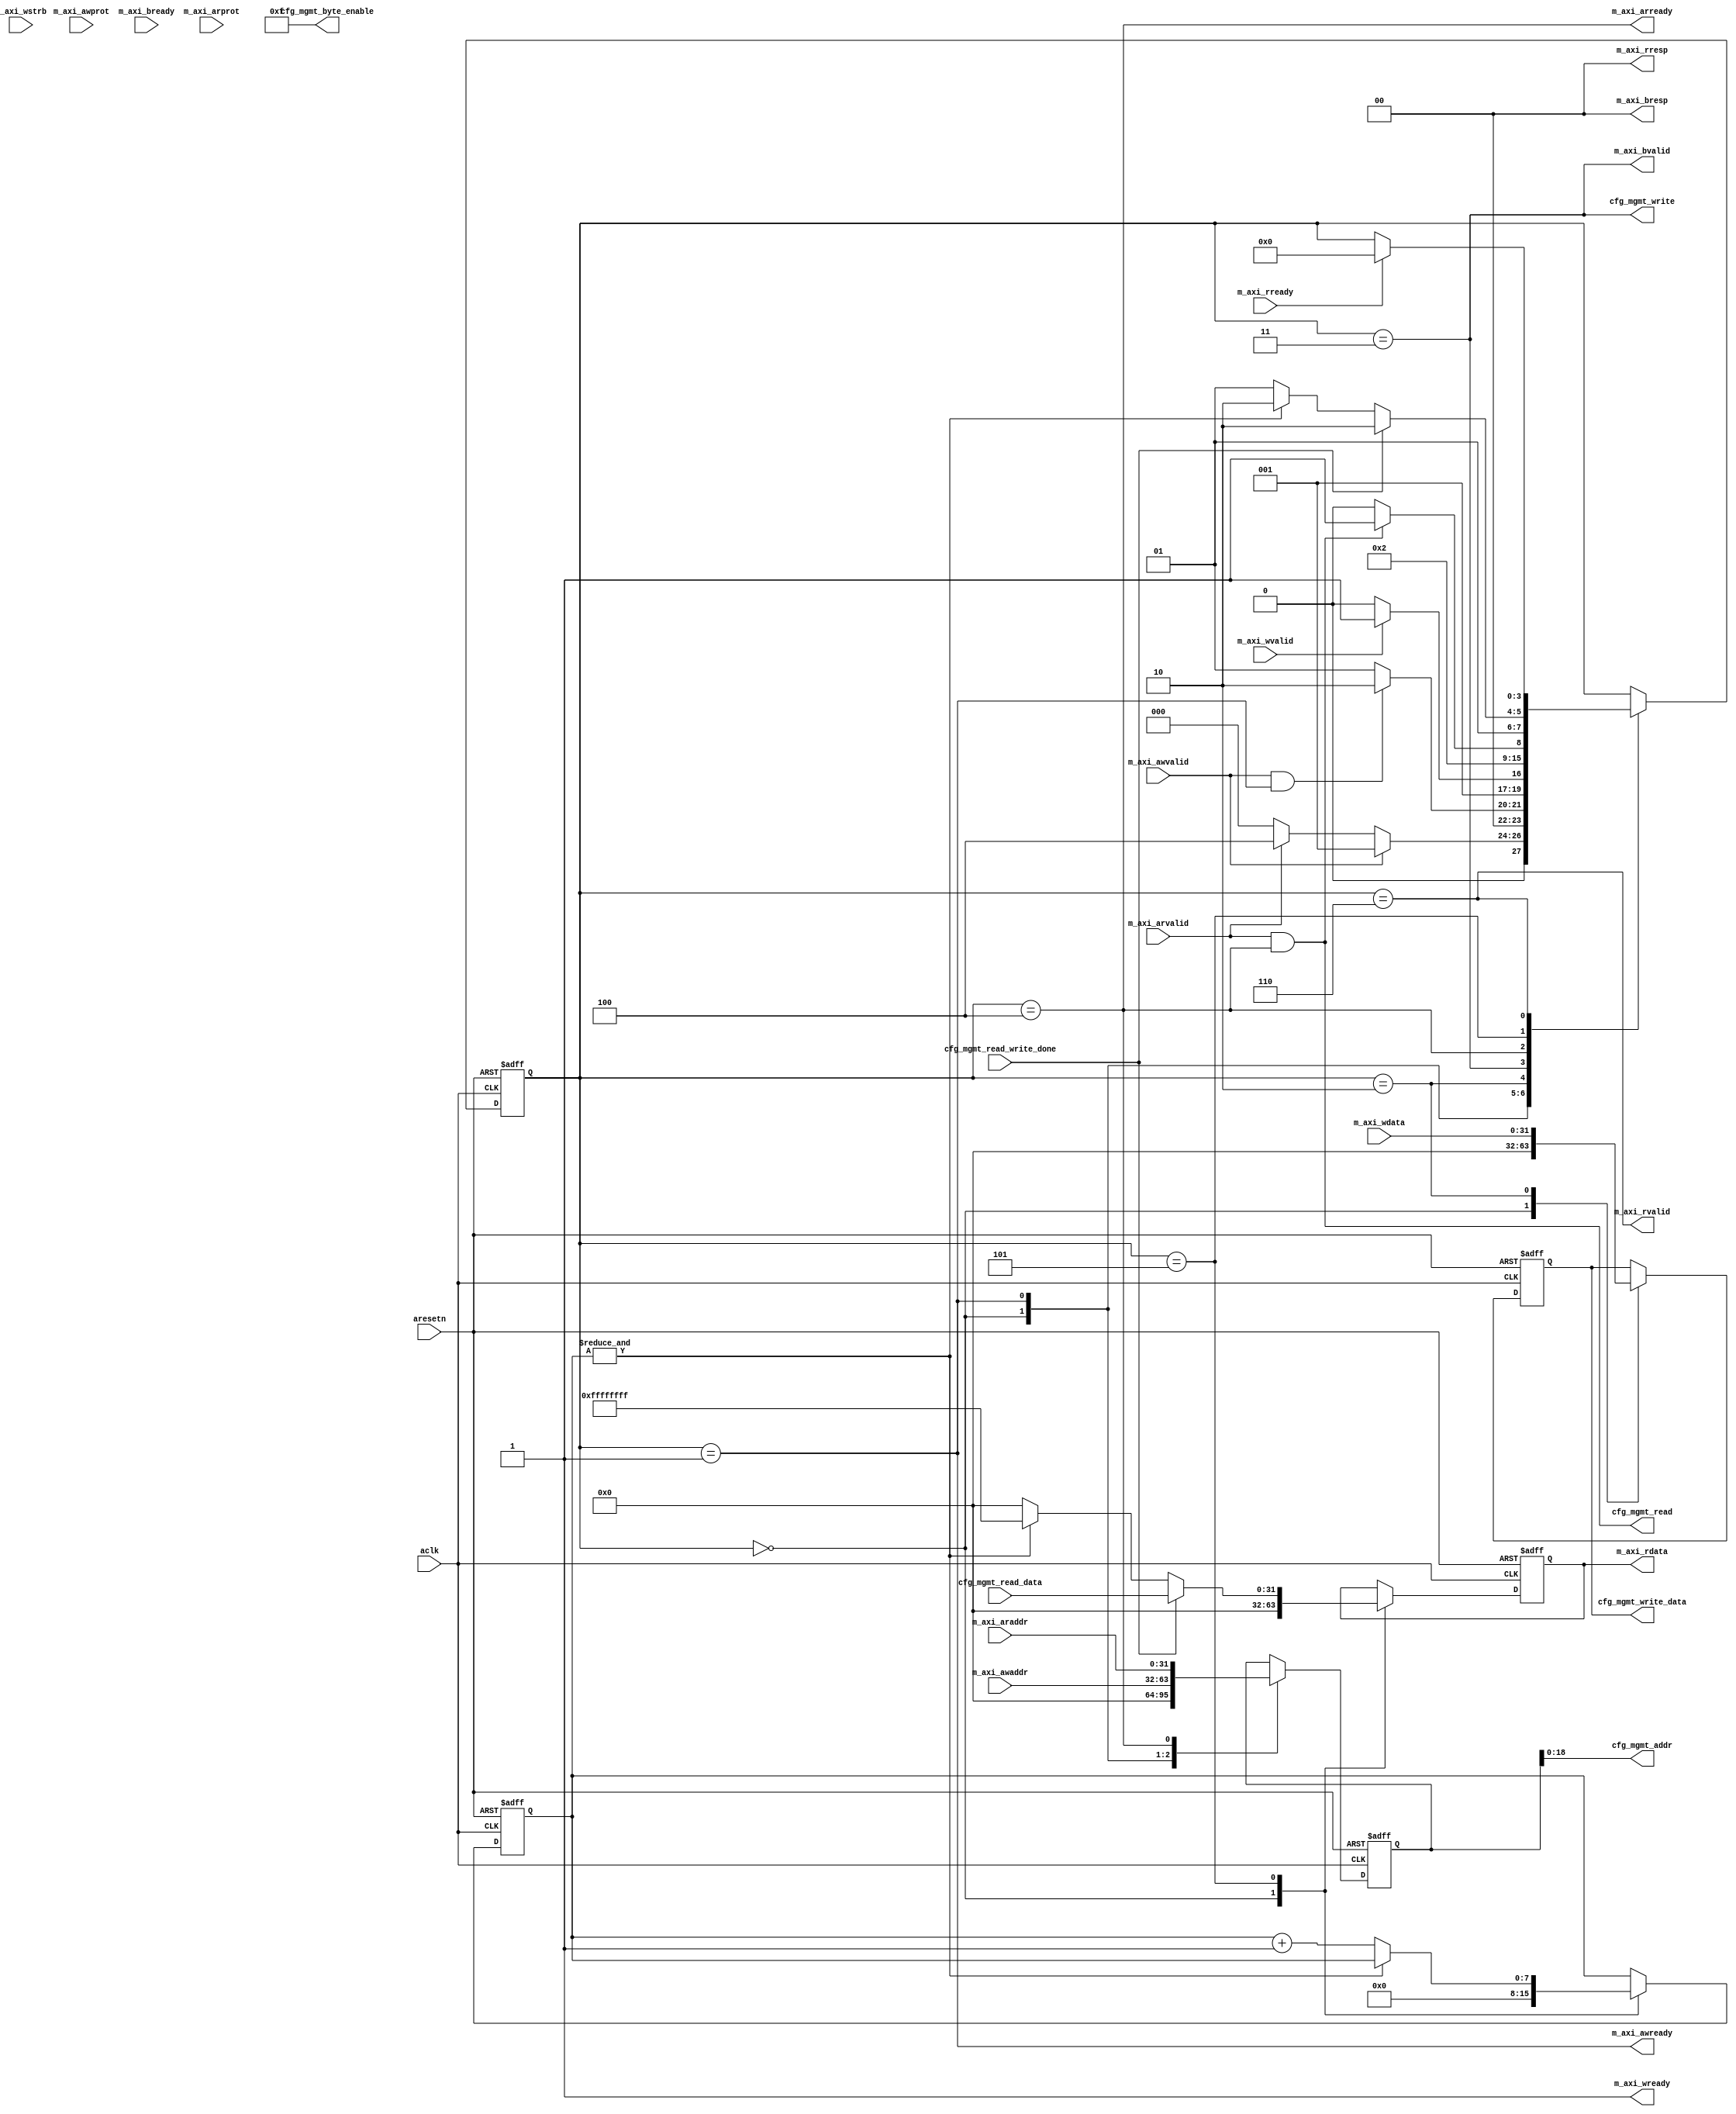
`timescale 1ns / 1ps
//////////////////////////////////////////////////////////////////////////////////
// Company: 
// Engineer: 
// 
// Design Name: 
// Module Name: axi2cfg
// Project Name: 
// Target Devices: 
// Tool Versions: 
// Description: 
// 
// Dependencies: 
// 
// Revision:
// Revision 0.01 - File Created
// Additional Comments:
// 
//////////////////////////////////////////////////////////////////////////////////


module axi2cfg(
    input wire aclk                   ,           
    input wire aresetn                ,           

    input  wire [31 : 0]    m_axi_awaddr  ,           
    input  wire [2 : 0]     m_axi_awprot  ,           
    input  wire             m_axi_awvalid ,           
    output wire             m_axi_awready ,           

    input  wire [31 : 0]    m_axi_wdata   ,           
    input  wire [3 : 0]     m_axi_wstrb   ,           
    input  wire             m_axi_wvalid  ,           
    output wire             m_axi_wready  ,           

    output wire [1 : 0]     m_axi_bresp   ,           
    output wire             m_axi_bvalid  ,           
    input  wire             m_axi_bready  ,           

    input  wire [31 : 0]    m_axi_araddr  ,           
    input  wire [2 : 0]     m_axi_arprot  ,           
    input  wire             m_axi_arvalid ,           
    output wire             m_axi_arready ,           

    output wire [31 : 0]    m_axi_rdata   ,           
    output wire [1 : 0]     m_axi_rresp   ,           
    output wire             m_axi_rvalid  ,           
    input  wire             m_axi_rready  , 
        
    output wire [18 : 0]    cfg_mgmt_addr        ,     
    output wire             cfg_mgmt_write       ,     
    output wire [31 : 0]    cfg_mgmt_write_data  ,     
    output wire [3 : 0]     cfg_mgmt_byte_enable ,     
    output wire             cfg_mgmt_read        ,     
    input  wire [31 : 0]    cfg_mgmt_read_data   ,     
    input  wire             cfg_mgmt_read_write_done                     
    );
    
    //
    localparam ST_IDLE = 4'b0000;
    localparam ST_AW   = 4'b0001;
    localparam ST_W    = 4'b0010;
    localparam ST_RESP = 4'b0011;
    localparam ST_AR   = 4'b0100;
    localparam ST_R    = 4'b0101;
    localparam ST_LAST = 4'b0110;

    // 
    reg [3:0]  state;
    reg [3:0]  state_nxt;
    reg [7:0]  delay_counter;
    reg [7:0]  delay_counter_nxt;
    reg [31:0] saved_addr;
    reg [31:0] saved_addr_nxt;
    reg [31:0] saved_wdata;
    reg [31:0] saved_wdata_nxt;
    reg [31:0] saved_rdata;
    reg [31:0] saved_rdata_nxt;
    wire        timeout;
    // output
    assign m_axi_awready = (state==ST_AW);
    assign m_axi_wready  = 1'b1;
    assign m_axi_bresp   = 2'b00;
    assign m_axi_bvalid  = (state==ST_RESP);
    assign m_axi_arready = (state==ST_AR);

    assign m_axi_rdata   = saved_rdata;           
    assign m_axi_rresp   = 2'b00;           
    assign m_axi_rvalid  = (state==ST_LAST);           
    //
    assign cfg_mgmt_addr        = saved_addr;
    assign cfg_mgmt_write       = (state==ST_RESP);     
    assign cfg_mgmt_write_data  = saved_wdata;     
    assign cfg_mgmt_byte_enable = 4'hF;     
    assign cfg_mgmt_read        = m_axi_arvalid&&m_axi_arready;    
    
    
    assign timeout = &delay_counter;
    // 1.
    always @(*)
    begin
        state_nxt = state; 
        case(state)
        ST_IDLE :   begin
                    if(m_axi_awvalid)       state_nxt = ST_AW;
                    else if(m_axi_arvalid)  state_nxt = ST_AR;
                    else                    state_nxt = ST_IDLE;
                    end
        ST_AW   :   begin
                    if(m_axi_awvalid&&m_axi_awready) state_nxt = ST_W;
                    else                             state_nxt = ST_AW;
                    end
        ST_W    :   begin
                    if(m_axi_wvalid) state_nxt = ST_RESP;
                    else             state_nxt = ST_W;
                    end
        ST_RESP :   begin
                    state_nxt = ST_IDLE;
                    end
        ST_AR   :   begin
                    if(m_axi_arvalid&&m_axi_arready) state_nxt = ST_R;
                    else                             state_nxt = ST_AR;
                    end
        ST_R    :   begin
                    if(cfg_mgmt_read_write_done) state_nxt = ST_LAST;
                    else if (timeout)            state_nxt = ST_LAST;
                    else                         state_nxt = ST_R;
                    end
        ST_LAST :   begin
                    if(m_axi_rready) state_nxt = ST_IDLE;
                    end
        default :   begin
                    end
        endcase

    end
    // 2.
    always @(*)
    begin
        delay_counter_nxt = delay_counter;
        saved_addr_nxt    = saved_addr;
        saved_wdata_nxt   = saved_wdata;
        saved_rdata_nxt   = saved_rdata;

        case(state)
        ST_IDLE :   begin
                    delay_counter_nxt = 8'h0;
                    saved_addr_nxt    = 32'h0;
                    saved_wdata_nxt   = 32'h0;
                    saved_rdata_nxt   = 32'h0;
                    end
        ST_AW   :   begin
                    saved_addr_nxt    = m_axi_awaddr;
                    end
        ST_W    :   begin
                    saved_wdata_nxt   = m_axi_wdata;
                    end
        ST_RESP :   begin
                    end
        ST_AR   :   begin
                    saved_addr_nxt    = m_axi_araddr;
                    end
        ST_R    :   begin
                    if(&delay_counter)  delay_counter_nxt = delay_counter;
                    else                delay_counter_nxt = delay_counter + 1'b1;
                    if(cfg_mgmt_read_write_done)
                        saved_rdata_nxt = cfg_mgmt_read_data;
                    else if(timeout)
                        saved_rdata_nxt = 32'hFFFF_FFFF;
                    else 
                        saved_rdata_nxt = 32'h0000_0000;
                    end
        ST_LAST :   begin
                    end
        default :   begin
                    end
        endcase

    end
    // 3.
    always @(posedge aclk or negedge aresetn)
    if(~aresetn) begin
        state           <= 4'h0;
        delay_counter   <= 8'h0;
        saved_addr      <= 32'h0;
        saved_wdata     <= 32'h0;
        saved_rdata     <= 32'h0;
    end
    else begin
        state           <= state_nxt     ;
        delay_counter   <= delay_counter_nxt ;
        saved_addr      <= saved_addr_nxt    ;
        saved_wdata     <= saved_wdata_nxt   ;
        saved_rdata     <= saved_rdata_nxt   ;
    end
    
    
endmodule